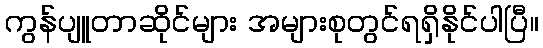
ကွန်ပျူတာဆိုင်များ အများစုတွင်ရရှိနိုင်ပါပြီ။